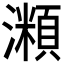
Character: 𤁾